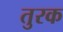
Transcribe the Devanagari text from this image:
तुरक